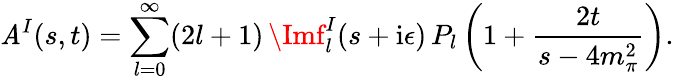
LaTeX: \mathit{A}^{I}(s,t)=\sum_{l=0}^{\infty}(2l+1)\, \Imf_{l}^{I}(s+\mathrm{{i}}\epsilon)\, P_{l}\left(1+{\frac{{2t}}{{s-4m_{\pi}^{2}}}}\right).